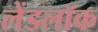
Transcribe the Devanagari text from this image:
लेंडलॉक